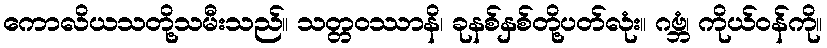
ကောလိယသတို့သမီးသည်။ သတ္တဝဿာနိ၊ ခုနစ်နှစ်တို့ပတ်လုံး။ ဂဗ္ဘံ၊ ကိုယ်ဝန်ကို။